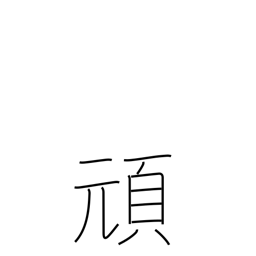
Meaning: stubborn